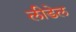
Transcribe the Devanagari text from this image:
लीडेल